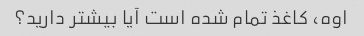
اوه، کاغذ تمام شده است آیا بیشتر دارید؟